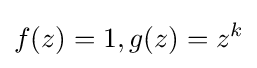
f(z)=1,g(z)=z^{k}